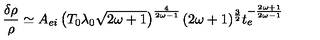
\frac { \delta \rho } { \rho } \simeq A _ { e i } \left( T _ { 0 } \lambda _ { 0 } \sqrt { 2 \omega + 1 } \right) ^ { \frac { 4 } { 2 \omega - 1 } } ( 2 \omega + 1 ) ^ { \frac { 3 } { 2 } } t _ { e } ^ { - \frac { 2 \omega + 1 } { 2 \omega - 1 } }